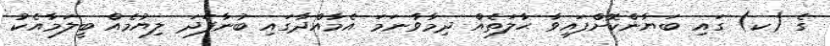
ގެ (ކ) ގައި ބަޔާންކޮށްފައިވާ ޙާލަތެއް ދިމާވާނަމަ އެމާއްދާގައި ބުނާފަދަ ލިޔުމެއް ބީލަމާއެކު